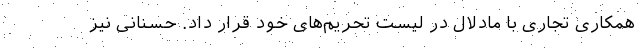
همکاری تجاری با مادلال در لیست تحریم‌های خود قرار داد. حسنانی نیز